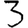
Digit: 3